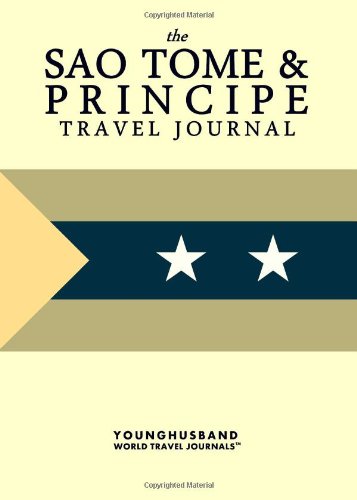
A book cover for The Sao Tome & Principe Travel Journal; Younghusband World Travel Journals; Travel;